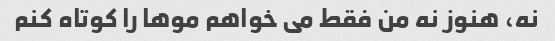
نه، هنوز نه من فقط می خواهم موها را کوتاه کنم